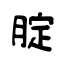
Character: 腚